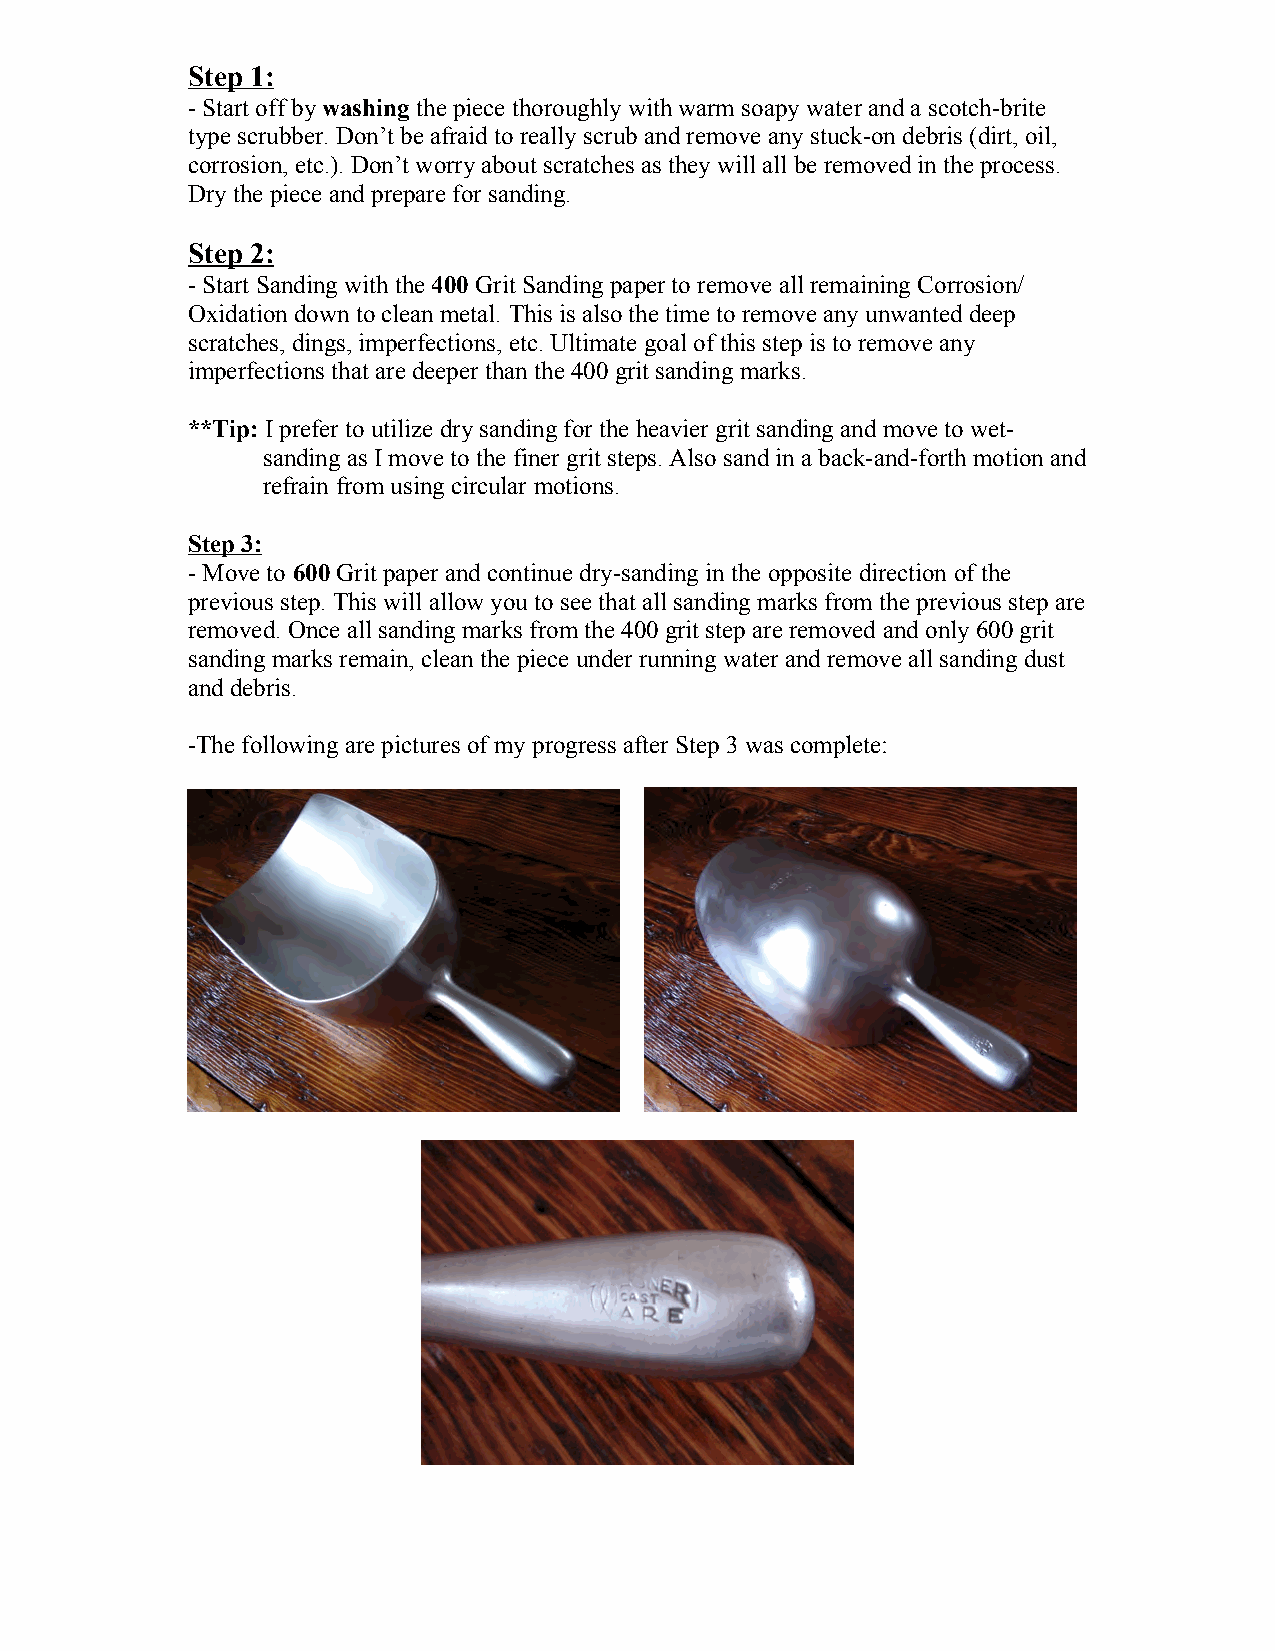
Step 1:
 - Start off by washing the piece thoroughly with warm soapy water and a scotch-brite
 type scrubber. Don’t be afraid to really scrub and remove any stuck-on debris (dirt, oil,
 corrosion, etc.). Don’t worry about scratches as they will all be removed in the process.
 Dry the piece and prepare for sanding.
 Step 2:
 - Start Sanding with the 400 Grit Sanding paper to remove all remaining Corrosion/
 Oxidation down to clean metal. This is also the time to remove any unwanted deep
 scratches, dings, imperfections, etc. Ultimate goal of this step is to remove any
 imperfections that are deeper than the 400 grit sanding marks.
 **Tip: I prefer to utilize dry sanding for the heavier grit sanding and move to wet-
 sanding as I move to the finer grit steps. Also sand in a back-and-forth motion and
 refrain from using circular motions.
 Step 3:
 - Move to 600 Grit paper and continue dry-sanding in the opposite direction of the
 previous step. This will allow you to see that all sanding marks from the previous step are
 removed. Once all sanding marks from the 400 grit step are removed and only 600 grit
 sanding marks remain, clean the piece under running water and remove all sanding dust
 and debris.
 -The following are pictures of my progress after Step 3 was complete: